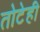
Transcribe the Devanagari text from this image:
तोटेही